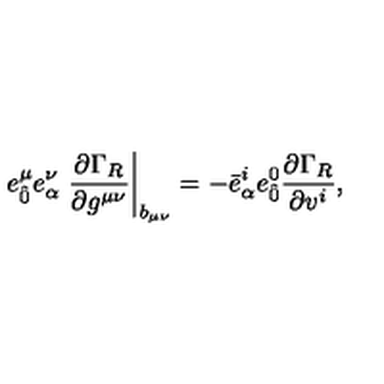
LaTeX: e _ { \hat { 0 } } ^ { \mu } e _ { \alpha } ^ { \nu } \left. \frac { \partial \Gamma _ { R } } { \partial g ^ { \mu \nu } } \right| _ { b _ { \mu \nu } } = - { \bar { e } } _ { \alpha } ^ { i } { e } _ { \hat { 0 } } ^ { 0 } \frac { \partial \Gamma _ { R } } { \partial v ^ { i } } ,